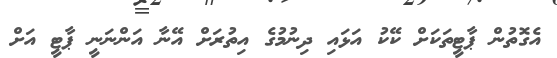
އެގޮތުން ޕާޓީތަކަށް ކޭކު އަޅައި ދިނުމުގެ އިތުރަށް އޭނާ އަންނަނީ ޕާޓީ އަށް